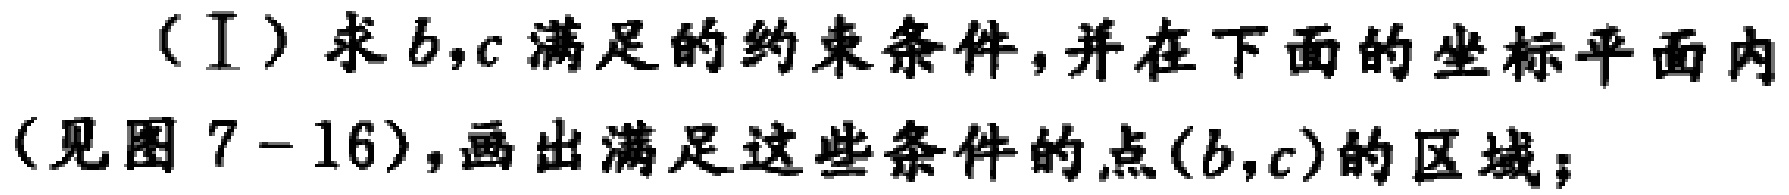
（I）求\(b,c\)满足的约束条件，并在下面的坐标平面内（见图 7-16），画出满足这些条件的点\((b,c)\)的区域；